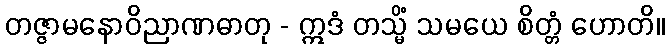
တဇ္ဇာမနောဝိညာဏဓာတု - ဣဒံ တသ္မိံ သမယေ စိတ္တံ ဟောတိ။